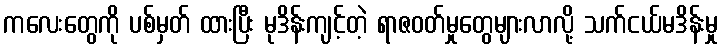
ကလေးတွေကို ပစ်မှတ် ထားပြီး မုဒိန်းကျင့်တဲ့ ရာဇဝတ်မှုတွေများလာလို့ သက်ငယ်မဒိန်းမှု